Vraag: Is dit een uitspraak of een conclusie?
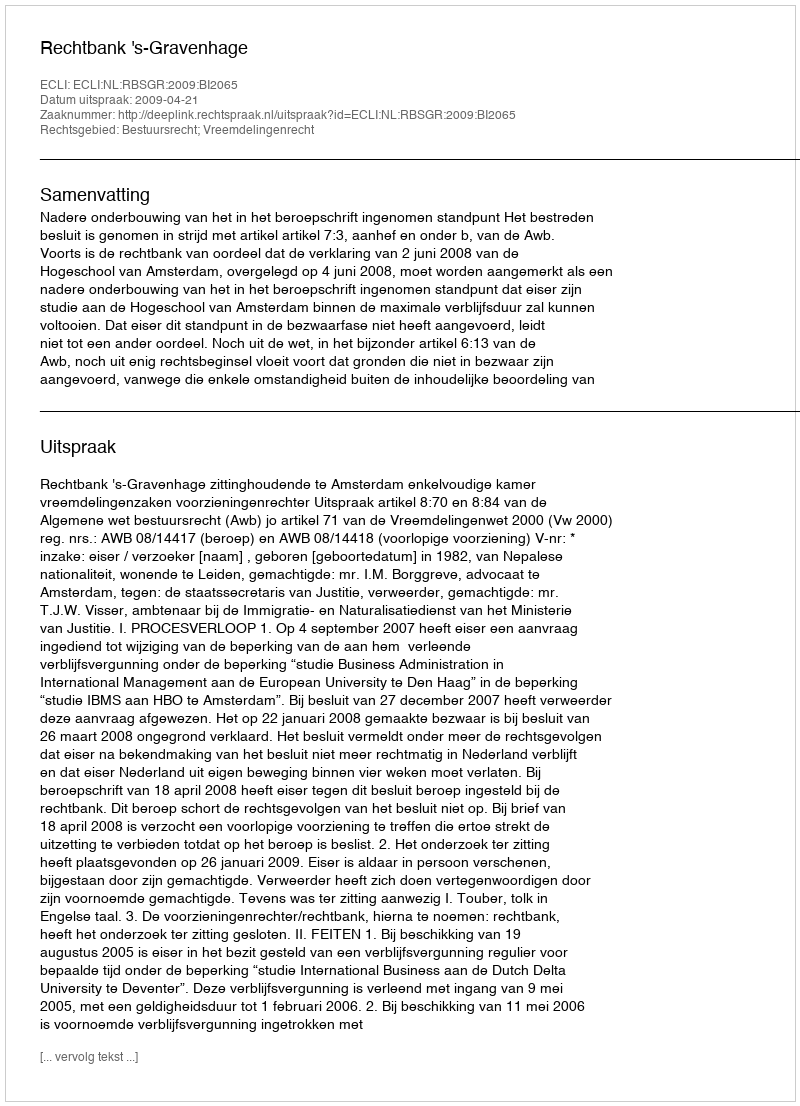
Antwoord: Uitspraak